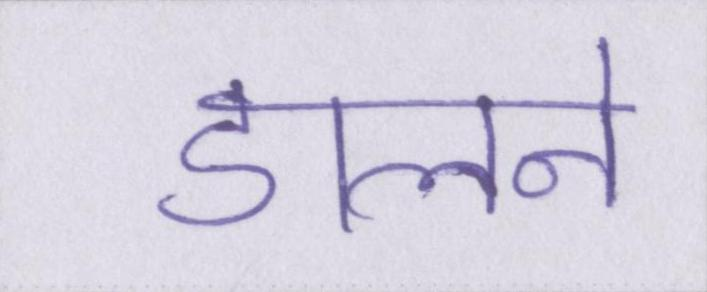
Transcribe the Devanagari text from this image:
डालने